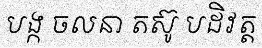
បង្ក ចលនា តស៊ូ បដិវត្ត